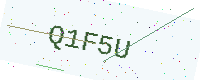
Text: Q1F5U